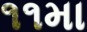
૧૧મા